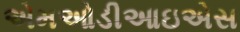
એમઓડીઆઇએસ